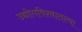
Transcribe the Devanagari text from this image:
उद्योगविश्वातल्या